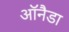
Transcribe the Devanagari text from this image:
ऑनैडा